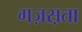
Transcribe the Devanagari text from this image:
गज़स़ता